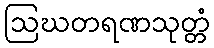
ဩဃတရဏသုတ္တံ